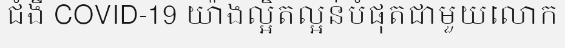
ជំងឺ COVID-19 យ៉ាងល្អិតល្អន់បំផុតជាមួយលោក